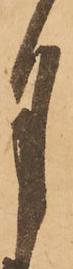
月